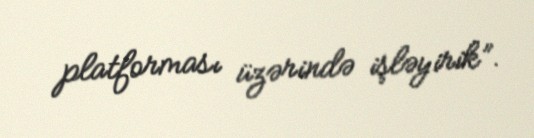
platforması üzərində işləyirik”.